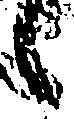
之